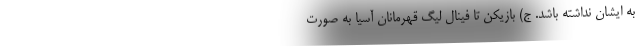
به ایشان نداشته باشد. ج) بازیکن تا فینال لیگ قهرمانان آسیا به صورت